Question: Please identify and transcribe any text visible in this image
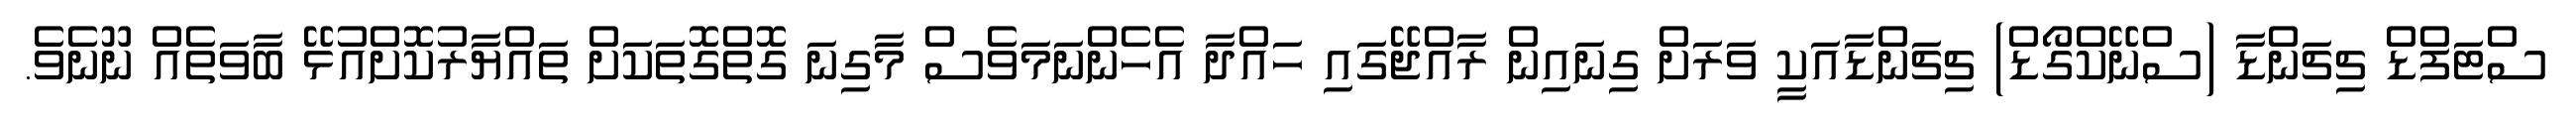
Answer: ސްޓަފްޑް ޗިޗަންޑާ (ސްނޭކްގޯޑް) ޗިޗަންޑާއަކީ ވަރަށް ގިނައިން ރާއްޖޭގައި ހައްދާ އެހެންނަމަވެސް މާގިނަ ގޮތްގޮތަކަށް ތައްޔާރުކޮށްއުޅޭ ބާވަތެއް ނޫނެވެ.